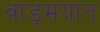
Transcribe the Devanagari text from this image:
वाड्मयात